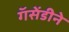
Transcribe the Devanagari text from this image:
गॅसेंडीने